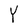
Character: Y